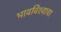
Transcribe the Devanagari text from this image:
भावविश्‍वाचा